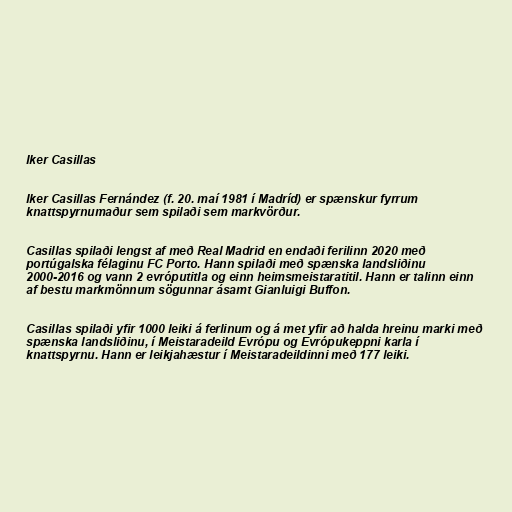
Iker Casillas

Iker Casillas Fernández (f. 20. maí 1981 í Madríd) er spænskur fyrrum
knattspyrnumaður sem spilaði sem markvörður.

Casillas spilaði lengst af með Real Madrid en endaði ferilinn 2020 með
portúgalska félaginu FC Porto. Hann spilaði með spænska landsliðinu
2000-2016 og vann 2 evróputitla og einn heimsmeistaratitil. Hann er talinn einn
af bestu markmönnum sögunnar ásamt Gianluigi Buffon.

Casillas spilaði yfir 1000 leiki á ferlinum og á met yfir að halda hreinu marki með
spænska landsliðinu, í Meistaradeild Evrópu og Evrópukeppni karla í
knattspyrnu. Hann er leikjahæstur í Meistaradeildinni með 177 leiki.